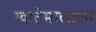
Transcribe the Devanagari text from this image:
ग्वातेमालाला